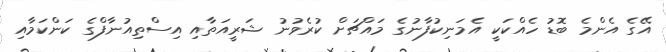
އޭގެ އެންމެ ބޮޑު ހެއްކަކީ އެމަނިކުފާނުގެ މައްޗަށް ކުރެވުނު ޝަރީއަތާއި އިސްތިއުނާފްގެ ކަންކަމާއި